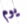
يوم